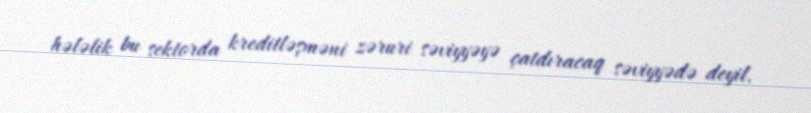
hələlik bu sektorda kreditləşməni zəruri səviyyəyə çatdıracaq səviyyədə deyil.